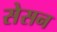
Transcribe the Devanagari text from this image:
सेसन